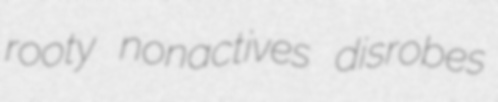
rooty nonactives disrobes